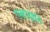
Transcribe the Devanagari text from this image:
एनहाड्राइड